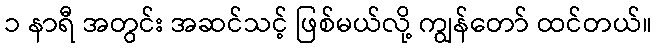
၁ နာရီ အတွင်း အဆင်သင့် ဖြစ်မယ်လို့ ကျွန်တော် ထင်တယ်။